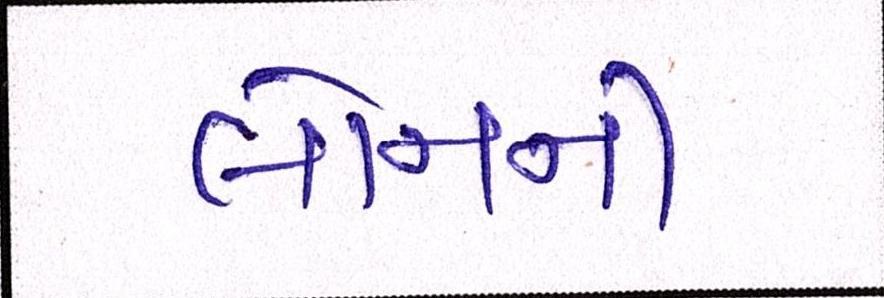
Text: લોનની